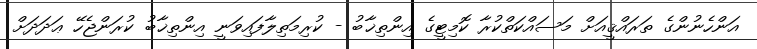
އަންހެނުންގެ ތަރައްޤީއަށް މަސައްކަތްކުރާ ކޮމިޓީގެ އިންތިޚާބު - ކުރިމަތިލާފައިވަނީ އިންތިޚާބު ކުރަންޖެހޭ ޢަދަދަށް